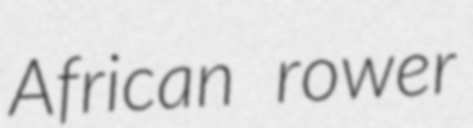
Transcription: African rower